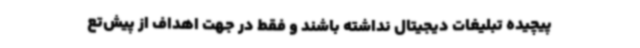
پیچیده‌ تبلیغات دیجیتال نداشته باشند و فقط در جهت اهداف از پیش‌تع